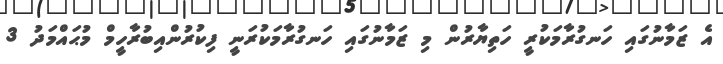
އެ ޒަމާނުގައި ހަނގުރާމަކުރީ ހަތިޔާރުން މި ޒަމާނުގައި ހަނގުރާމަކުރަނީ ފިކުރުންއިބުރާހީމް މުޙައްމަދު 3